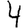
Digit: 4